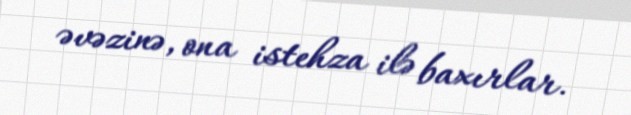
əvəzinə, ona istehza ilə baxırlar.